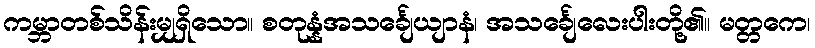
ကမ္ဘာတစ်သိန်းမျှရှိသော။ စတုန္နံအသင်္ချေယျာနံ၊ အသင်္ချေလေးပါးတို့၏။ မတ္တကေ၊